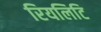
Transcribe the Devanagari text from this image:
रियलिटि